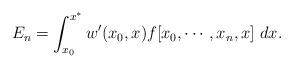
LaTeX: \begin{align*}\begin{aligned}E_n&=\int_{x_0}^{x^*} w'(x_0,x)f[x_0,\cdots, x_n,x]\ dx.\end{aligned}\end{align*}